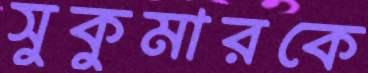
সুকুমারকে